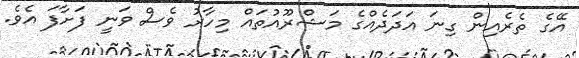
އޭގެ ތެރެއިން ގިނަ އަދަދެއްގެ މަޝްރޫއުތައް މިހާރު ވެސް ވަނީ ފަށާފަ އެވެ.